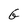
Character: G